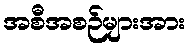
အစီအစဉ်များအား